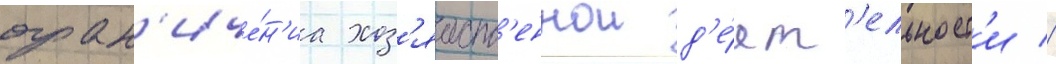
огран'иче́н'иа хоз'яиств'еннои д'е́ят'ельност'и //